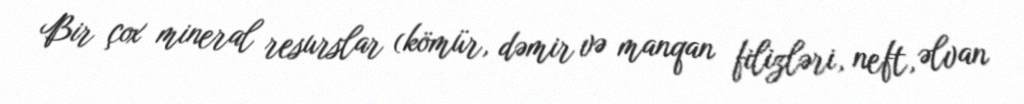
Bir çox mineral resurslar (kömür, dəmir və manqan filizləri, neft, əlvan